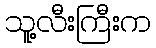
သူ့လီးကြီးက